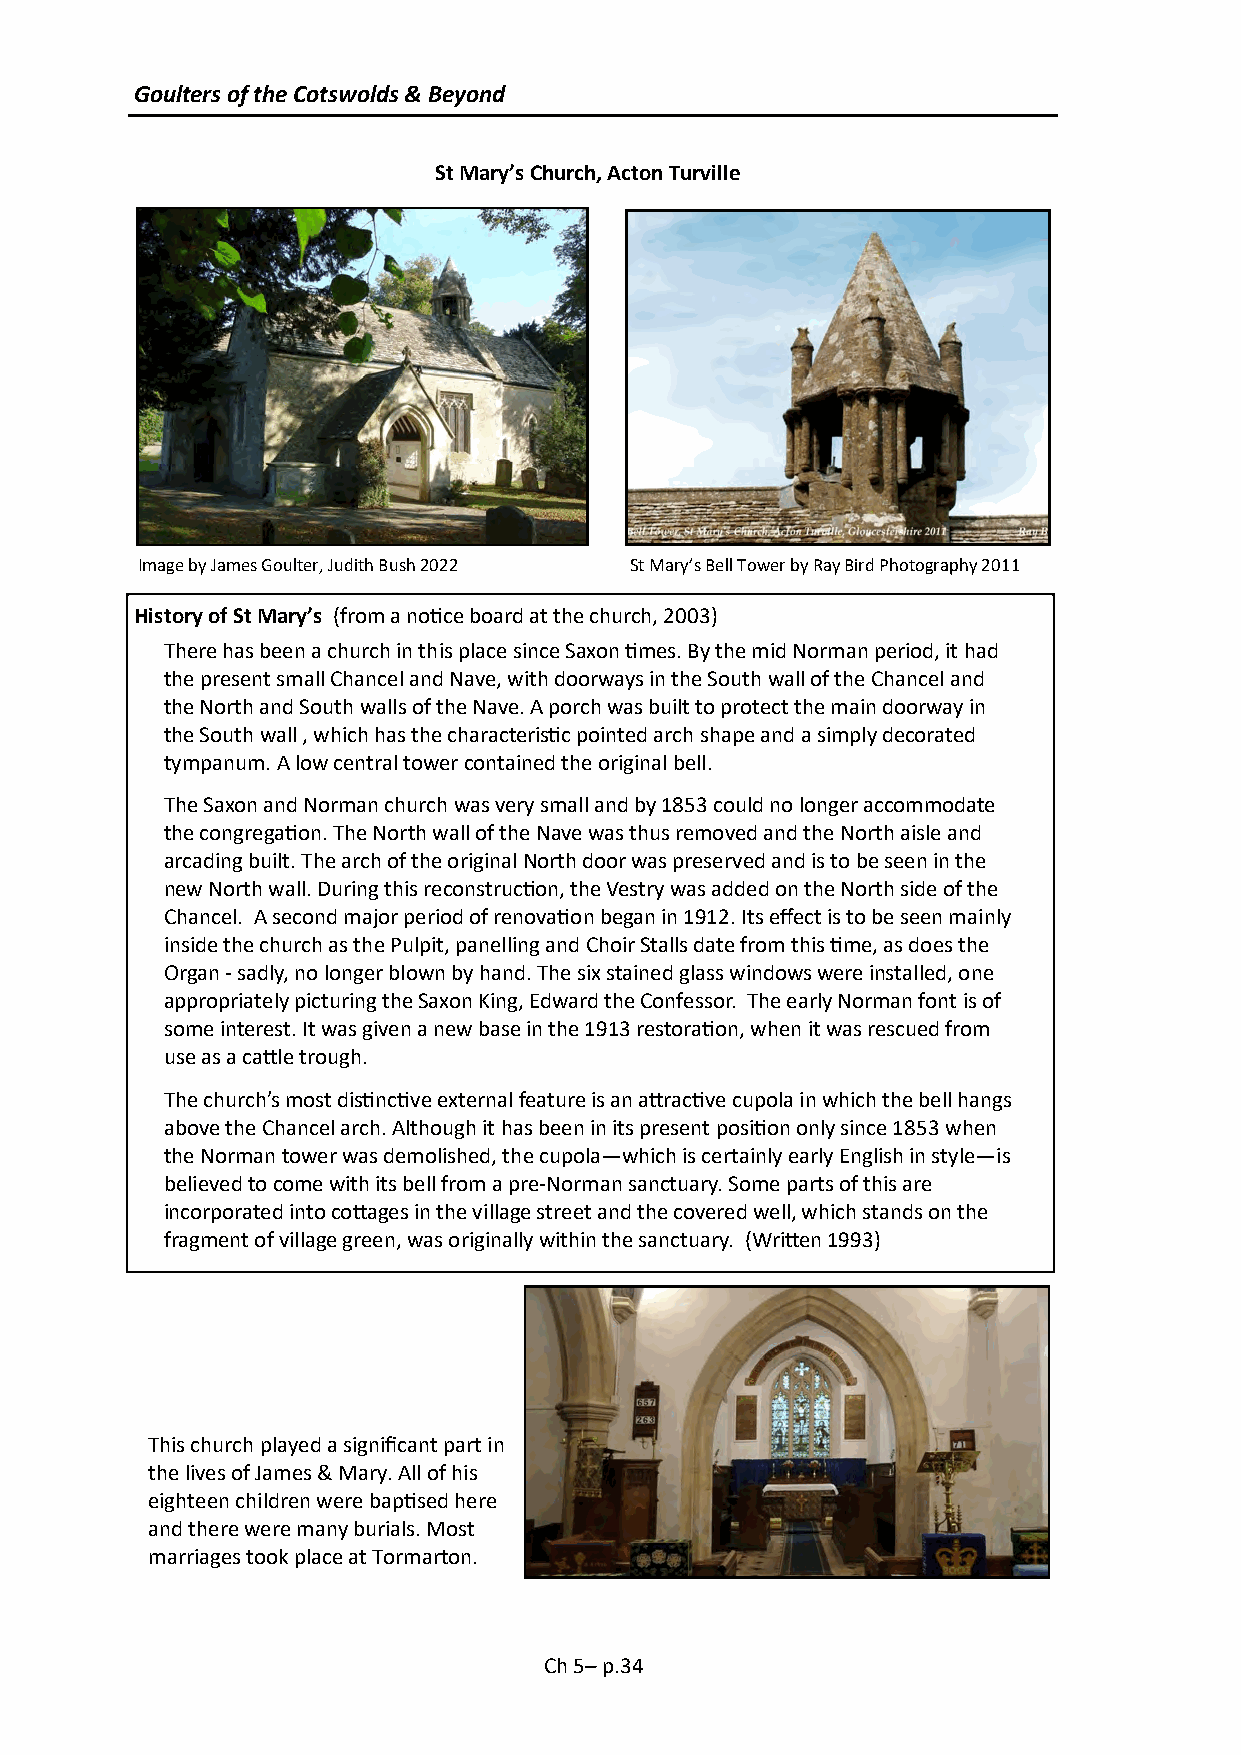
Goulters of the Cotswolds & Beyond
 St Mary’s Church, Acton Turville
 Image by James Goulter, Judith Bush 2022 St Mary’s Bell Tower by Ray Bird Photography 2011
 History of St Mary’s (from a notice board at the church, 2003)
 There has been a church in this place since Saxon times. By the mid Norman period, it had
 the present small Chancel and Nave, with doorways in the South wall of the Chancel and
 the North and South walls of the Nave. A porch was built to protect the main doorway in
 the South wall , which has the characteristic pointed arch shape and a simply decorated
 tympanum. A low central tower contained the original bell.
 The Saxon and Norman church was very small and by 1853 could no longer accommodate
 the congregation. The North wall of the Nave was thus removed and the North aisle and
 arcading built. The arch of the original North door was preserved and is to be seen in the
 new North wall. During this reconstruction, the Vestry was added on the North side of the
 Chancel. A second major period of renovation began in 1912. Its effect is to be seen mainly
 inside the church as the Pulpit, panelling and Choir Stalls date from this time, as does the
 Organ - sadly, no longer blown by hand. The six stained glass windows were installed, one
 appropriately picturing the Saxon King, Edward the Confessor. The early Norman font is of
 some interest. It was given a new base in the 1913 restoration, when it was rescued from
 use as a cattle trough.
 The church’s most distinctive external feature is an attractive cupola in which the bell hangs
 above the Chancel arch. Although it has been in its present position only since 1853 when
 the Norman tower was demolished, the cupola—which is certainly early English in style—is
 believed to come with its bell from a pre-Norman sanctuary. Some parts of this are
 incorporated into cottages in the village street and the covered well, which stands on the
 fragment of village green, was originally within the sanctuary. (Written 1993)
 This church played a significant part in
 the lives of James & Mary. All of his
 eighteen children were baptised here
 and there were many burials. Most
 marriages took place at Tormarton.
 Ch 5– p.34